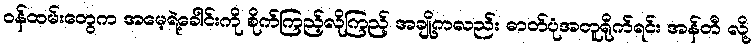
ဝန်ထမ်းတွေက အမေ့ရဲ့ခေါင်းကို စိုက်ကြည့်လိုကြည့် အချို့ကလည်း ဓာတ်ပုံအတူရိုက်ရင်း အန်တီ လို့